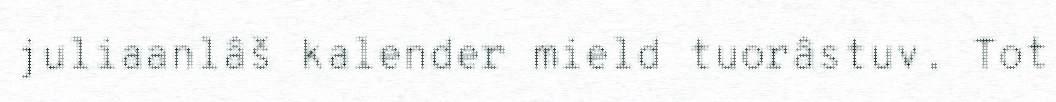
juliaanlâš kalender mield tuorâstuv. Tot